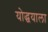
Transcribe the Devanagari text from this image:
योद्धयाला